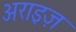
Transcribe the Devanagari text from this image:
अराइज़